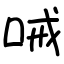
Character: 㖑